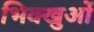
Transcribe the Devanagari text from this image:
भिक्खुओं